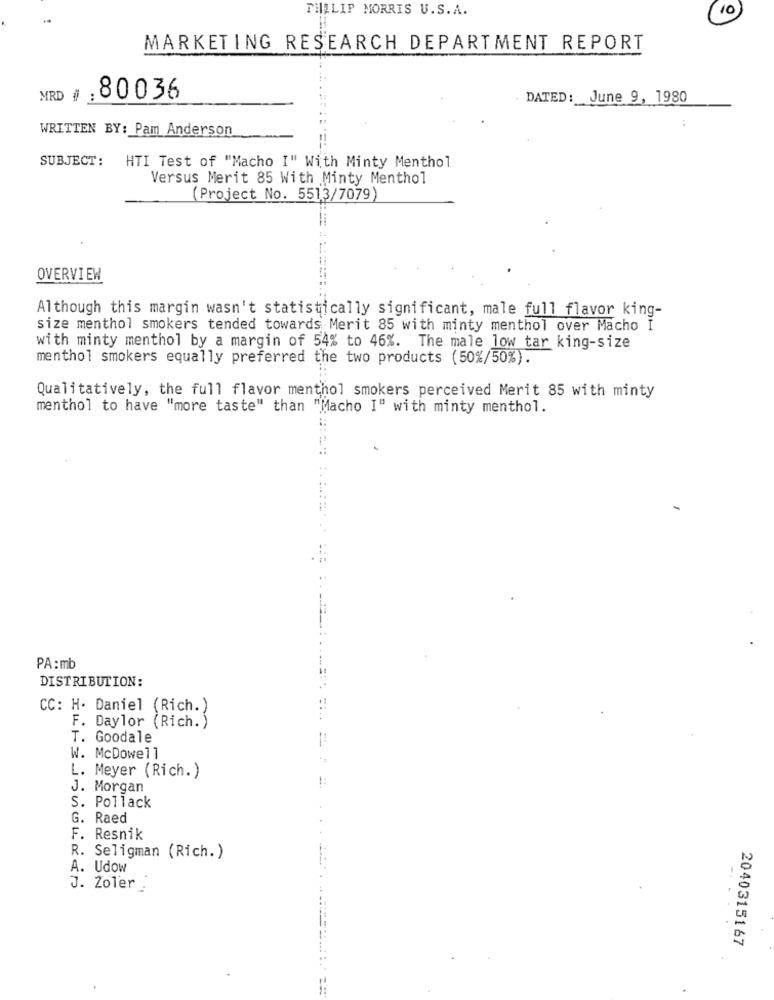
PHILIP MORRIS U.S.A.
10
MARKETING RESEARCH DEPARTMENT REPORT
MRD
80036
DATED: June 9, 1980
WRITTEN BY: Pam Anderson
SUBJECT: +
HTI Test of "Macho I" With Minty Menthol
Versus Merit 85 With Minty Menthol
(Project No. 5513/7079)
OVERVIEW
Although this margin wasn't statistically significant, male full flavor king-
size menthol smokers tended towards Merit 85 with minty menthol over Macho I
with minty menthol by a margin of 54% to 46%. The male low tar king-size
menthol smokers equally preferred the two products (50%/50%).
Qualitatively, the full flavor menthol smokers perceived Merit 85 with minty
menthol to have "more taste" than "Macho I" with minty menthol.
PA : mb
DISTRIBUTION:
CC: H. Daniel (Rich.)
F. Daylor (Rich. )
T. Goodale
W. McDowell
L. Meyer (Rich.)
J. Morgan
S. Pollack
G. Raed
F. Resnik
R. Seligman (Rich.)
A. Udow
J. Zoler
2040315167